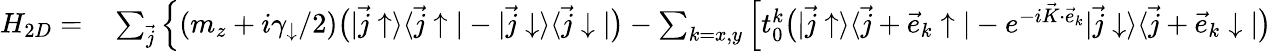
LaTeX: \begin{array}{rl}{H_{2D}=}&{{}\sum_{\vec{j}}\Big\{ (m_{z}+i\gamma_{\downarrow}/2)\bigr(|\vec{j}\uparrow\rangle\langle\vec{j}\uparrow|-|\vec{j}\downarrow\rangle\langle\vec{j}\downarrow|\bigr)-\sum_{k=x,y}\Big[t_{0}^{k}\bigr(|\vec{j}\uparrow\rangle\langle\vec{j}+\vec{e}_{k}\uparrow|-e^{-i\vec{K}\cdot\vec{e}_{k}}|\vec{j}\downarrow\rangle\langle\vec{j}+\vec{e}_{k}\downarrow|\bigr)}\end{array}